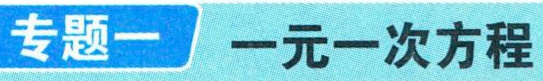
专题一 一元一次方程